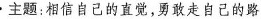
主题:相信自己的直觉,勇敢走自己的路 .